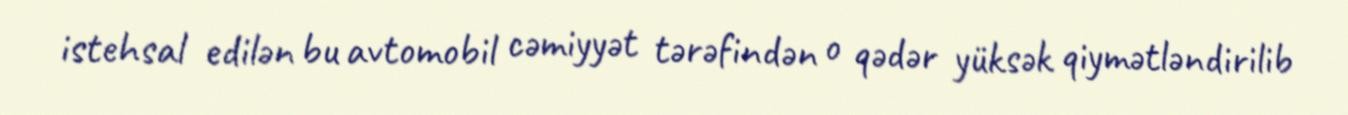
istehsal edilən bu avtomobil cəmiyyət tərəfindən o qədər yüksək qiymətləndirilib